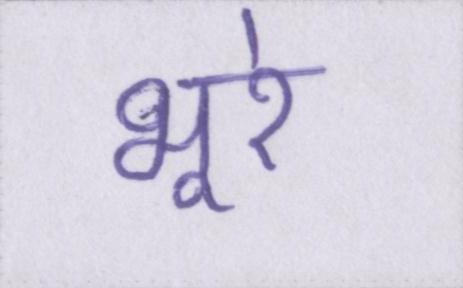
भूरे